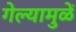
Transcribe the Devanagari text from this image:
गेल्यामुळें